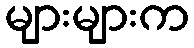
များများက